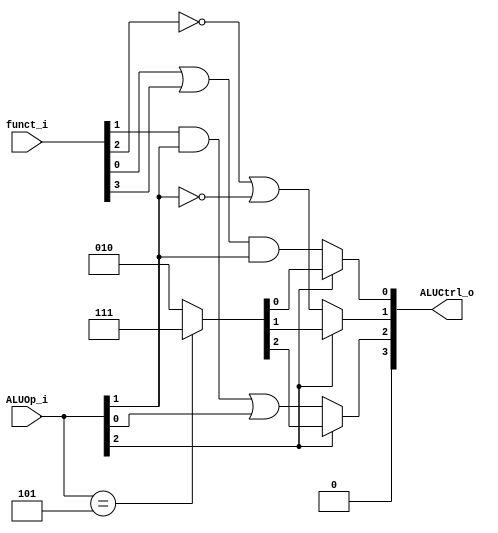
// 0816153

`timescale 1ns/1ps
module ALU_Ctrl(
    funct_i,
    ALUOp_i,
    ALUCtrl_o
);
          
//I/O ports 
input      [6-1:0] funct_i;
input      [3-1:0] ALUOp_i;

output     [4-1:0] ALUCtrl_o;    
     
//Internal Signals
reg        [4-1:0] ALUCtrl_o;

//Parameter
wire op0 = (funct_i[0] | funct_i[3]) & ALUOp_i[1];
wire op1 = (~funct_i[2]) | (~ALUOp_i[1]);
wire op2 = (funct_i[1] & ALUOp_i[1])  | ALUOp_i[0];
wire op3 = 1'b0;

//Select exact operation
always @(*) begin
	// Not addi or slti, -> R-format & Beq & sw & lw
	if (ALUOp_i[2] == 1'b0) begin
		ALUCtrl_o[3] <= op3;
		ALUCtrl_o[2] <= op2;
		ALUCtrl_o[1] <= op1;
		ALUCtrl_o[0] <= op0;
	end
	else begin // addi & slti
		case(ALUOp_i)
			3'b110: ALUCtrl_o <= 4'b0010; 
			3'b101: ALUCtrl_o <= 4'b0111;
			default:
				ALUCtrl_o = 4'b0010;
		endcase
	end
end

endmodule